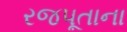
રજપૂતાના